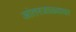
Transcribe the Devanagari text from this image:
आंतरजाळ्यावर